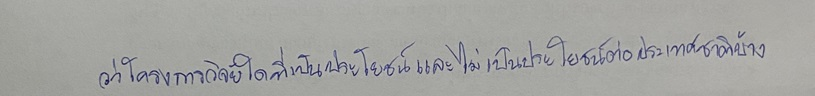
ว่าโครงการวิจัยใดที่เป็นประโยชน์และไม่เป็นประโยชน์ต่อประเทศชาติบ้าง